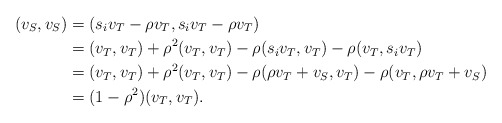
\begin{align*}(v_{S},v_{S})&=(s_i v_T-\rho v_T,s_i v_T-\rho v_T)\\&=(v_T,v_T)+\rho^2(v_T,v_T)-\rho(s_iv_T,v_T)-\rho(v_T,s_iv_T)\\&=(v_T,v_T)+\rho^2(v_T,v_T)-\rho(\rho v_T+v_S,v_T)-\rho(v_T,\rho v_T+v_S)\\&=(1-\rho^2)(v_T,v_T).\end{align*}